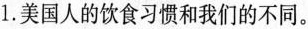
1. 美国人的饮食习惯和我们的不同。